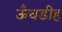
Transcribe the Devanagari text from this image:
ऊँचडीह